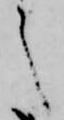
之